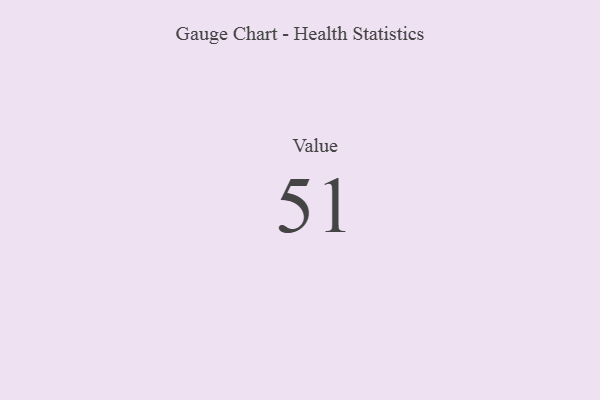
{"axis": {"x": "Metric", "y": "Value"}, "legend": [""], "data": [{"x": "Value", "y": 51, "type": ""}]}